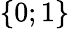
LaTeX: \{ 0;1\}